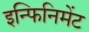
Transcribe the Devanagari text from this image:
इन्फिनिमेंट